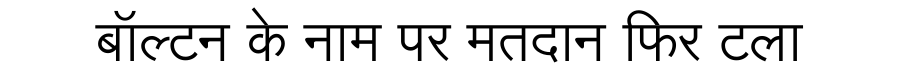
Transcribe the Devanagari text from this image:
बॉल्टन के नाम पर मतदान फिर टला